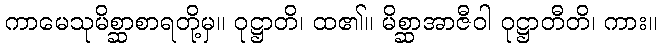
ကာမေသုမိစ္ဆာစာရတို့မှ။ ဝုဋ္ဌာတိ၊ ထ၏။ မိစ္ဆာအာဇီဝါ ဝုဋ္ဌာတီတိ၊ ကား။